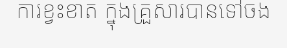
ការខ្វះខាត ក្នុងគ្រួសារបានទៅចង